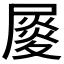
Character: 𡳉